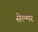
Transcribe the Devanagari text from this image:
सेल्मर